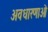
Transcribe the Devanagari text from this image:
अवधारणाऒं